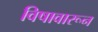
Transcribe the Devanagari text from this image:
विषावारून